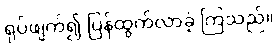
ရုပ်ဖျက်၍ ပြန်ထွက်လာခဲ့ ကြသည်။